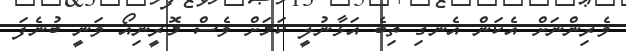
ވެރިންނަށް އެކަން އެނގި ތިބެ އަޅާނުލީ ކަމަށް ވެސް މޮރީނިއޯ ވަނީ ބުނެފަ